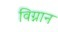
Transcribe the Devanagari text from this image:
विग्नान